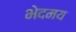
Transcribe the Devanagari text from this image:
भेदमय